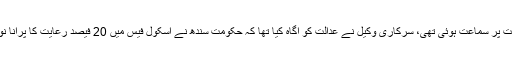
اس سے قبل سندھ ہائی کورٹ میں اسکول فیس میں 20فیصد رعایت کے خلاف درخواست پر سماعت ہوئی تھی، سرکاری وکیل نے عدالت کو آگاہ کیا تھا کہ حکومت سندھ نے اسکول فیس میں 20 فیصد رعایت کا پرانا نوٹیفکیشن واپس لے لیا ہے، قوانین میں ترمیم کر دی ہے، نیا نوٹیفکیشن جاری کریں گے۔